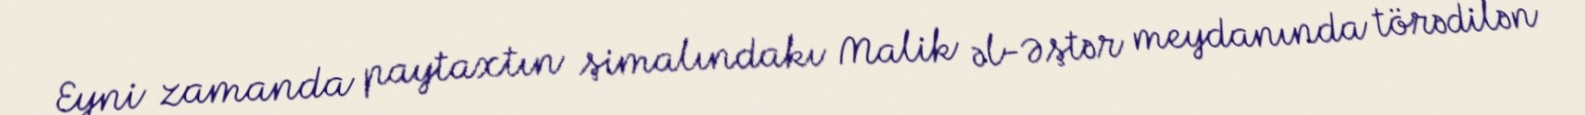
Eyni zamanda paytaxtın şimalındakı Malik əl-Əştər meydanında törədilən